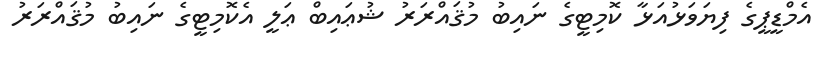
އެމްޑީޕީގެ ފިޔަވަޅުއަޅާ ކޮމިޓީގެ ނައިބު މުޤައްރަރު ޝުޢައިބް ޢަލީ އެކޮމިޓީގެ ނައިބު މުޤައްރަރު